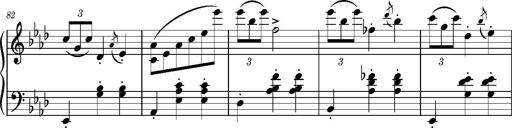
Title: Petite valse favorite
Composer: Franz Liszt
Key: A-flat major